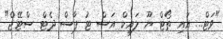
"ވަޓް... އައި ތޯޓް ޔޫ ލައިކް އަސް ޓު ޕާސް ދެޓް ސްޓޭޖް"